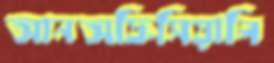
আনঅফিসিয়ালি